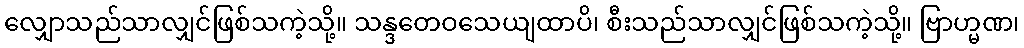
လျှောသည်သာလျှင်ဖြစ်သကဲ့သို့။ သန္ဒတေဝသေယျထာပိ၊ စီးသည်သာလျှင်ဖြစ်သကဲ့သို့။ ဗြာဟ္မဏ၊